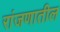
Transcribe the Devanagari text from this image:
रांजणातील